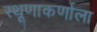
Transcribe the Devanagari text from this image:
स्थूणाकर्णाला